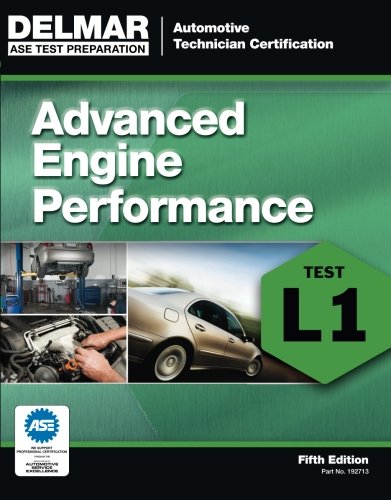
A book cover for ASE Test Preparation - L1 Advanced Engine Performance (ASE Test Prep: Automotive Technician Certification Manual); Cengage Learning Delmar; Test Preparation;